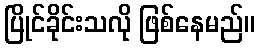
ပြိုင်ခိုင်းသလို ဖြစ်နေမည်။